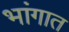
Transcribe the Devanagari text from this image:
भांगात